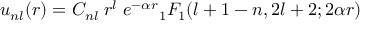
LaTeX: u _ { n l } ( r ) = C _ { n l } \; r ^ { l } \; e ^ { - \alpha r } { } _ { 1 } F _ { 1 } ( l + 1 - n , 2 l + 2 ; 2 \alpha r )